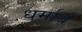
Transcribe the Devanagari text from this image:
धर्मार्ध